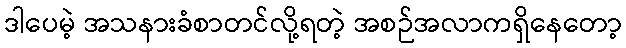
ဒါပေမဲ့ အသနားခံစာတင်လို့ရတဲ့ အစဉ်အလာကရှိနေတော့